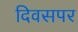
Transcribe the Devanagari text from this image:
दिवसपर